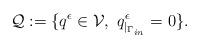
LaTeX: \begin{align*}\mathcal{Q} := \{ q^{\epsilon} \in \mathcal{V}, \ q^{\epsilon}_{|_{\Gamma_{in}}}=0 \}.\end{align*}